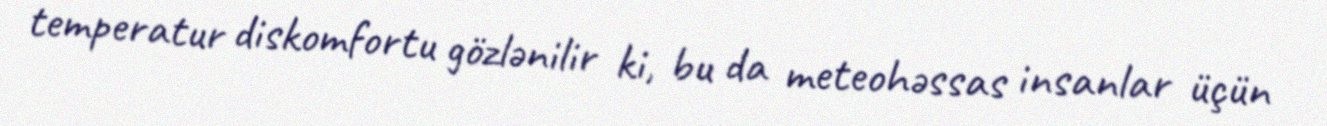
temperatur diskomfortu gözlənilir ki, bu da meteohəssas insanlar üçün